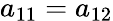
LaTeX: a_{11}=a_{12}